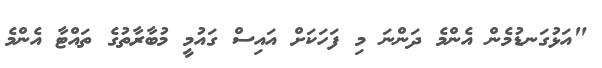
"އަޅުގަނޑުމެން އެންމެ ދަންނަ މި ފަހަކަށް އައިސް ގައުމީ މުބާރާތުގެ ތައްޓާ އެންމެ